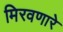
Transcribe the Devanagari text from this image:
मिरवणारे